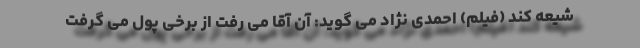
شیعه کند (فیلم) احمدی نژاد می گوید: آن آقا می رفت از برخی پول می گرفت